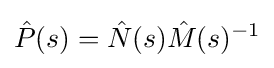
{\hat {P}}(s)={\hat {N}}(s){\hat {M}}(s)^{-1}